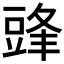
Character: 𮙔